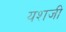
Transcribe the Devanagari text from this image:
यशजी